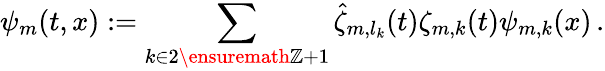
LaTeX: \psi_{m}(t,x):=\sum_{k\in 2\ensuremath{\mathbb{Z}}+1}\hat{\zeta}_{m,l_{k}}(t)\zeta_{m,k}(t)\psi_{m,k}(x)\, .